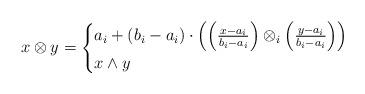
LaTeX: \begin{align*} x\otimes y= \begin{cases} a_i+(b_i-a_i)\cdot\left(\left(\frac{x-a_i}{b_i-a_i}\right)\otimes_i\left(\frac{y-a_i}{b_i-a_i}\right)\right) & \\ x\wedge y & \end{cases} \end{align*}